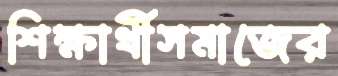
শিক্ষার্থীসমাজের